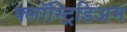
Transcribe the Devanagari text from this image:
क्लॉस्ट्रिडिअम